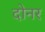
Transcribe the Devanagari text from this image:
दोनर